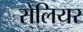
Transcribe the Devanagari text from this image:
रोलियर